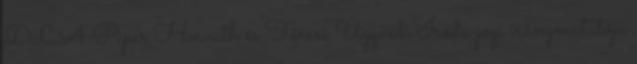
DLA Piper Horváth és Társai Ügyvédi Iroda jogi iránymutatója